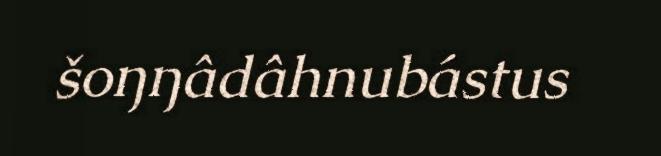
šoŋŋâdâhnubástus